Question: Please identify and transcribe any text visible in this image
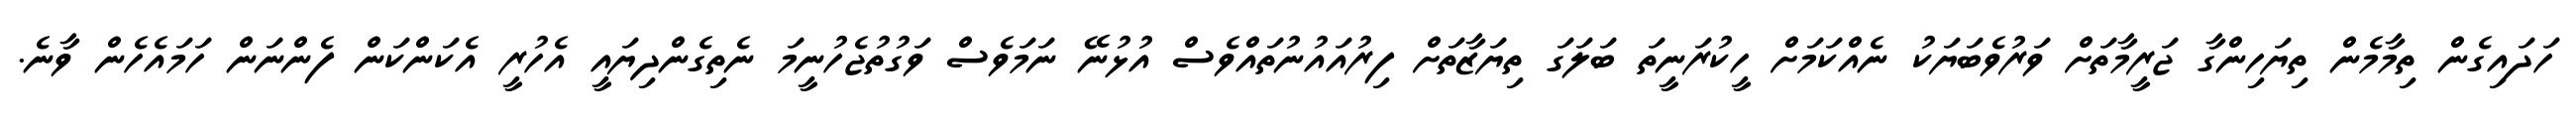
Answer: ހަދައިގެން ތިމާމެން ތިޔަހިންގާ ޖަރީމާތަށް ވަރުވެބަޔަކު ނެއްކަމަށް ހީކުރަނީތަ ބަލަގަ ތިޔަޒާތަށް ފިރުއައުނުތައްވެސް އުޅުނޭ ނަމަވެސް ވަގުތުޖެހުނީމަ ނެތިގެންދިޔައީ އެހުރީ އެކަންކަން ފެންނަން ހަމައެހެން ވާނެ.